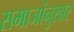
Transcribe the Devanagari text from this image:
समाजांनुसार